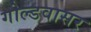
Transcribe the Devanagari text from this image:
गोल्डवासर